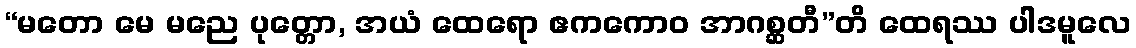
“မတော မေ မညေ ပုတ္တော, အယံ ထေရော ဧကကောဝ အာဂစ္ဆတီ”တိ ထေရဿ ပါဒမူလေ